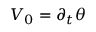
V _ { 0 } = \partial _ { t } \theta